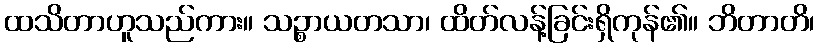
ထသိတာဟူသည်ကား။ သဉ္စာယတသာ၊ ထိတ်လန့်ခြင်းရှိကုန်၏။ ဘိတာတိ၊